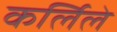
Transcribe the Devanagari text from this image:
कर्लिले